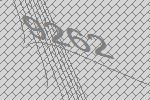
9262